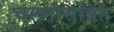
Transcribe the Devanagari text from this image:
चलनांसोबत